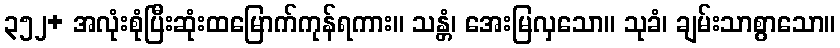
၃၅၂+ အလုံးစုံပြီးဆုံးထမြောက်ကုန်ရကား။ သန္တံ၊ အေးမြလှသော။ သုခံ၊ ချမ်းသာစွာသော။